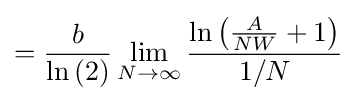
={\frac {b}{\ln \left(2\right)}}\lim _{N\to \infty }{\frac {\ln \left({\frac {A}{NW}}+1\right)}{1/N}}